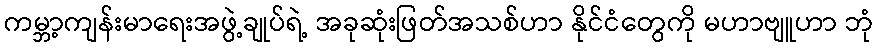
ကမ္ဘာ့ကျန်းမာရေးအဖွဲ့ချုပ်ရဲ့ အခုဆုံးဖြတ်အသစ်ဟာ နိုင်ငံတွေကို မဟာဗျူဟာ ဘုံ